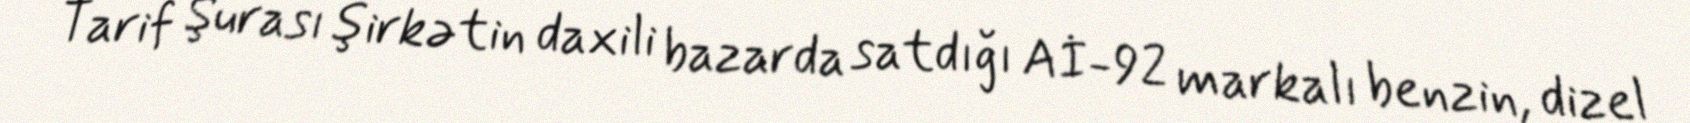
Tarif Şurası şirkətin daxili bazarda satdığı Aİ-92 markalı benzin, dizel